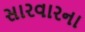
સારવારના